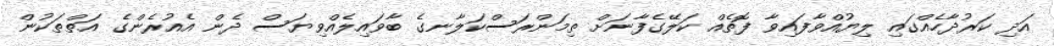
އަދި ކަރުދާހެއްގައި ލިޔުއްވާފައިވާ ފޮތެއް ކަލޭގެފާނަށް ތިމަންރަސްކަލާނގެ ބާވައިލެއްވިޔަސް ދެން އެއުރެންގެ އަތްތަކުން